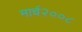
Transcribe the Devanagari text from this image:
मार्च२००८